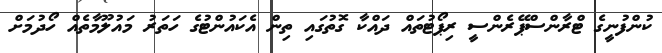
ކުންފުނީގެ ޓްރާންސްޕޭރެންސީ ރިޕޯޓުތައް ދައްކާ ގޮތުގައި ތިން އެކައުންޓުގެ ހަތަރު މައުލޫމާތެއް ހޯދުމަށް